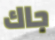
جاك